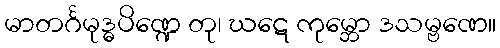
မာတင်္ဂမုဒ္ဓပိဏ္ဍေ တု၊ ဃဋေ ကုမ္ဘော ဒသမ္ဗဏေ။